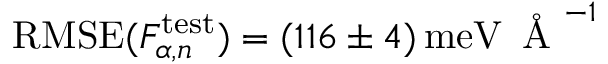
\mathrm { R M S E } ( F _ { \alpha , n } ^ { \mathrm { t e s t } } ) = ( 1 1 6 \pm 4 ) \, \mathrm { m e V } \, \mathrm { ~ \AA ~ } ^ { - 1 }